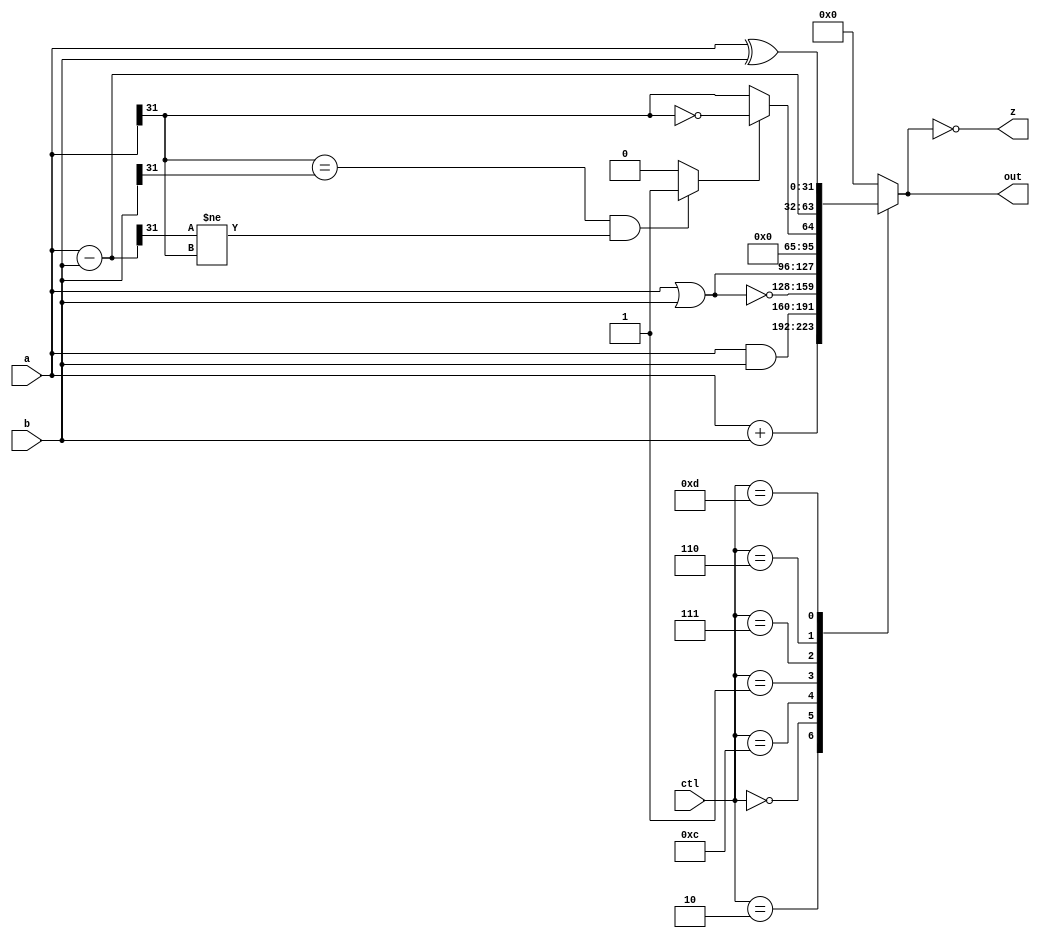
`ifndef _alu
`define _alu

module alu(
		input		[3:0]	ctl,
		input		[31:0]	a, b,
		output reg	[31:0]	out,
		output				z);

	wire [31:0] sub_ab;
	wire [31:0] add_ab;
	wire 		oflow_add;
	wire 		oflow_sub;
	wire 		oflow;
	wire 		slt;

	assign z = (0 == out);

	assign sub_ab = a - b;
	assign add_ab = a + b;

	// overflow occurs (with 2's complement numbers) when
	// the operands have the same sign, but the sign of the result is
	// different.  The actual sign is the opposite of the result.
	// It is also dependent on wheter addition or subtraction is performed.
	assign oflow_add = (a[31] == b[31] && add_ab[31] != a[31]) ? 1 : 0;
	assign oflow_sub = (a[31] == b[31] && sub_ab[31] != a[31]) ? 1 : 0;

	assign oflow = (ctl == 4'b0010) ? oflow_add : oflow_sub;

	// set if less than, 2s compliment 32-bit numbers
	assign slt = oflow_sub ? ~(a[31]) : a[31];

	always @(*) begin
		case (ctl)
			4'b0010: out <= add_ab;				// a + b
			4'b0000: out <= a & b;				// and
			4'b1100: out <= ~(a | b);			// nor
			4'b0001: out <= a | b;				// or
			4'b0111: out <= {{31{1'b0}}, slt};	// set if less than
			4'b0110: out <= sub_ab;				// a - b
			4'b1101: out <= a ^ b;				// xor
			default: out <= 0;
		endcase
	end

endmodule

`endif